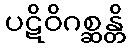
ပဋိဝိဂစ္ဆန္တိ